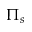
\Pi _ { s }